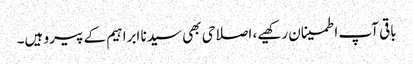
باقی آپ اطمینان رکھیے، اصلاحی بھی سیدنا ابراہیم کے پیرو ہیں۔